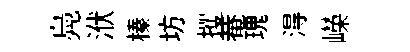
鳧洑榛坊攫𤲅瑰淂嶸